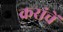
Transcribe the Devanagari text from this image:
करांचें